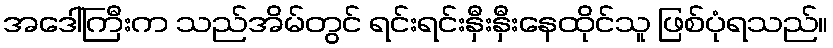
အဒေါ်ကြီးက သည်အိမ်တွင် ရင်းရင်းနှီးနှီးနေထိုင်သူ ဖြစ်ပုံရသည်။